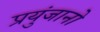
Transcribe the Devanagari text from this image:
प्रयुंजानो